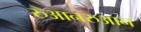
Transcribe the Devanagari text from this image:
रुआनरुआन